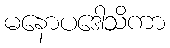
မနောပဒေါသိကာ